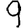
Digit: 9